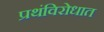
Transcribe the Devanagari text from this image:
प्रथंविरोधात